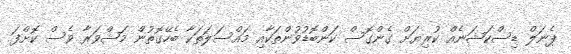
ޕެނަލް ޑިސްކަޝަނެއް ކުރިޔަށް ގެންގޮސް ކަންބޮޑުވުންތަކާއި މައްސަލަތަކާ ބެހޭގޮތުން މަޝްވަރާ ވެސް ކޮށްފަ